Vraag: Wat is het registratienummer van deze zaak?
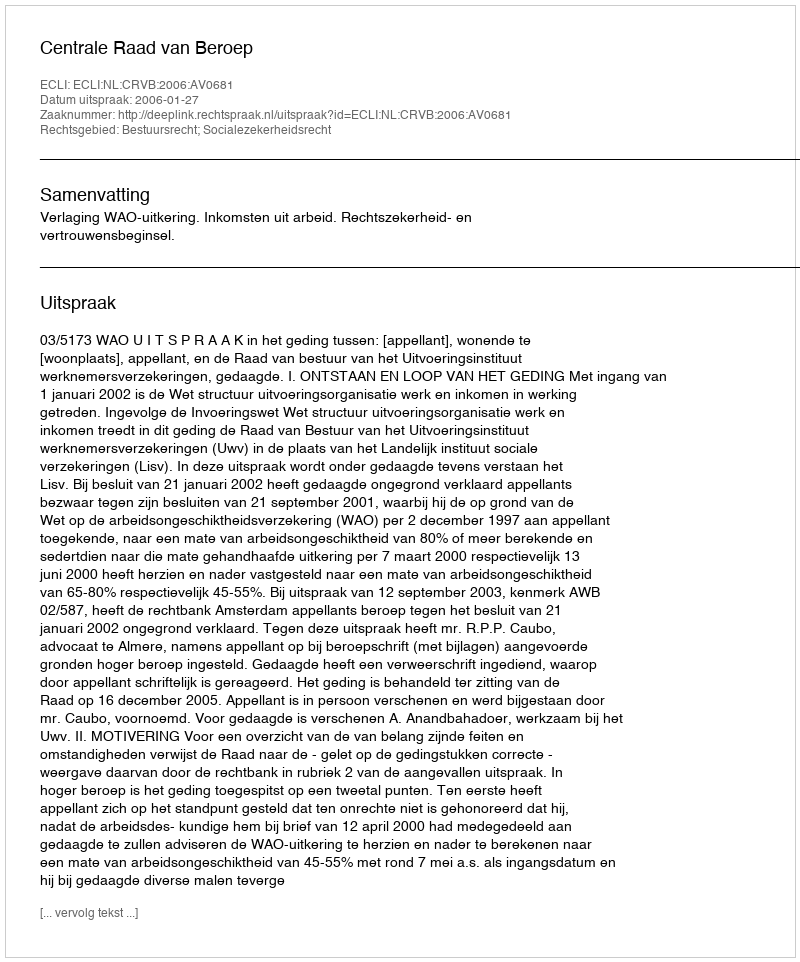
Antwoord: http://deeplink.rechtspraak.nl/uitspraak?id=ECLI:NL:CRVB:2006:AV0681